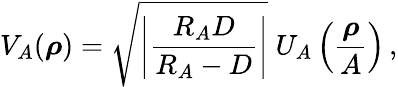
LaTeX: V_{A}(\boldsymbol\rho)=\sqrt{\left|\frac{R_{A}D}{R_{A}-D}\right|}\; U_{A}\left({\frac{\boldsymbol\rho}{A}}\right)\, ,